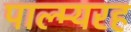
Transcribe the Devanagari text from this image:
पाल्म्यरह